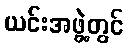
ယင်းအဖွဲ့တွင်